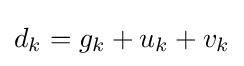
d_{k}=g_{k}+u_{k}+v_{k}